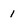
Character: 1